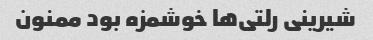
شیرینی رلتی‌ها خوشمزه بود ممنون